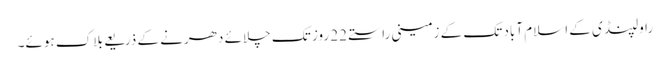
راولپنڈی کے اسلام آباد تک کے زمینی راستے 22 روز تک چلائے دھرنے کے ذریعے بلاک ہوئے۔